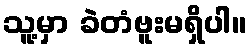
သူ့မှာ ခဲတံဗူးမရှိပါ။